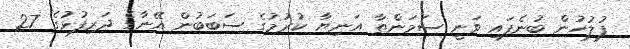
ފުލުހުން ބުނެފައި ވަނީ ސަމަންތާ އަނިޔާ ކުރުމުގެ ސަބަބުން އޭނާގެ ދަރިފުޅުގެ 27